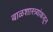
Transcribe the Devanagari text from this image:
बाळशास्त्र्यांकडून